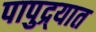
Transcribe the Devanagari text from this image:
पापुद्र्यात